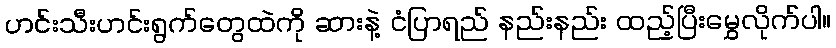
ဟင်းသီးဟင်းရွက်တွေထဲကို ဆားနဲ့ ငံပြာရည် နည်းနည်း ထည့်ပြီးမွှေလိုက်ပါ။